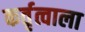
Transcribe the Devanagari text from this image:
कर्तृत्वाला